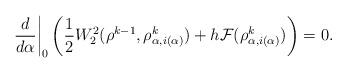
LaTeX: \begin{align*}\frac{d}{d\alpha} \bigg |_0 \left ( \frac{1}{2} W_2^2(\rho^{k-1}, \rho^k_{\alpha,i(\alpha)}) + h \mathcal{F}(\rho^k_{\alpha,i(\alpha)}) \right ) = 0 .\end{align*}